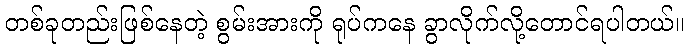
တစ်ခုတည်းဖြစ်နေတဲ့ စွမ်းအားကို ရုပ်ကနေ ခွာလိုက်လို့တောင်ရပါတယ်။